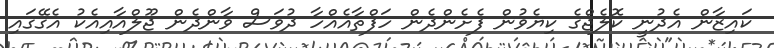
ކައިޒާން އެދުނީ ކޮލެޖްގެ ކިޔެވުން ފެށެންދެން ހަފްތާއެއްހާ ދުވަސް ވާންދެން ޖޫލްއާއިއެކު އެގޭގައި